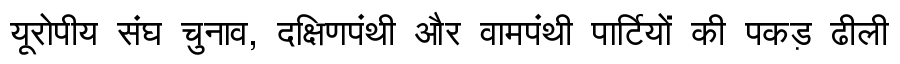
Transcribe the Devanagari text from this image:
यूरोपीय संघ चुनाव, दक्षिणपंथी और वामपंथी पार्टियों की पकड़ ढीली